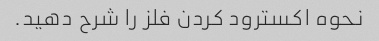
نحوه اکسترود کردن فلز را شرح دهید.